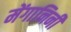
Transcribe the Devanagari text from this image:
मेंगानिनी